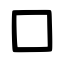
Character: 口